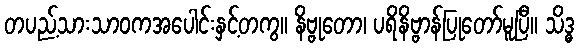
တပည့်သားသာဝကအပေါင်းနှင့်တကွ။ နိဗ္ဗုတော၊ ပရိနိဗ္ဗာန်ပြုတော်မူပြီ။ သိဒ္ဓ